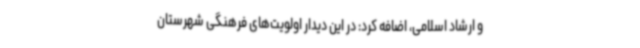
و ارشاد اسلامی، اضافه کرد: در این دیدار اولویت‌های فرهنگی شهرستان